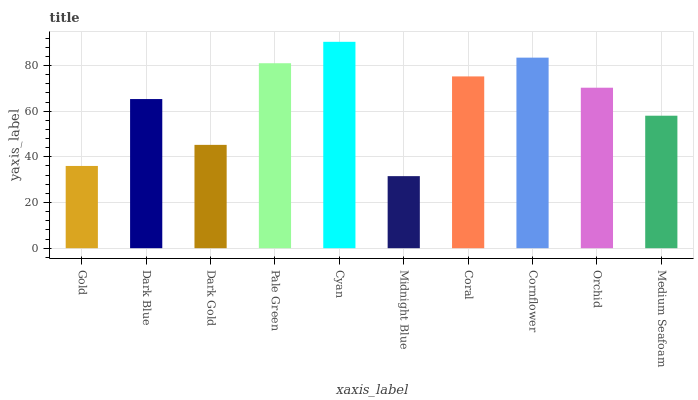
| xaxis_label | bars |
 | --- | --- |
 | Gold | 36 |
 | Dark Blue | 65.3 |
 | Dark Gold | 45.2 |
 | Pale Green | 81 |
 | Cyan | 90.4 |
 | Midnight Blue | 31.5 |
 | Coral | 75.2 |
 | Cornflower | 83.4 |
 | Orchid | 70.3 |
 | Medium Seafoam | 58 |